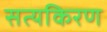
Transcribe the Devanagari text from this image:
सत्यकिरण